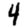
Digit: 4